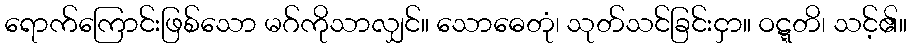
ရောက်ကြောင်းဖြစ်သော မဂ်ကိုသာလျှင်။ သောဓေတုံ၊ သုတ်သင်ခြင်းငှာ။ ဝဋ္ဋတိ၊ သင့်၏။